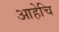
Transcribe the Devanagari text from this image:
आहेचि